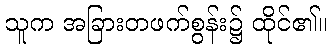
သူက အခြားတဖက်စွန်း၌ ထိုင်၏။